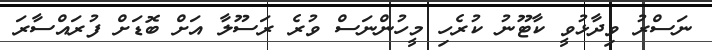
ނަސްރު ވިދާޅުވީ ކާޓޫނު ކުރެހި މީހުންނަސް ވުރެ ރަސޫލާ އަށް ބޮޑަށް ފުރައްސާރަ